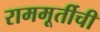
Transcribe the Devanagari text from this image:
राममूर्तीची